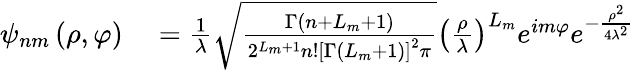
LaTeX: \begin{array}{rl}{\psi_{nm}\left(\rho,\varphi\right)}&{{}=\frac{1}{\lambda}\sqrt{\frac{\Gamma\left(n+L_{m}+1\right)}{2^{L_{m}+1}n!\left[\Gamma\left(L_{m}+1\right)\right]^{2}\pi}}\left(\frac{\rho}{\lambda}\right)^{L_{m}}e^{im\varphi}e^{-\frac{\rho^{2}}{4\lambda^{2}}}}\end{array}